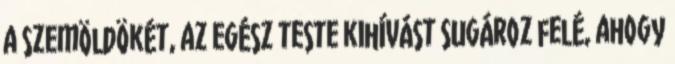
a szemöldökét, az egész teste kihívást sugároz felé, ahogy